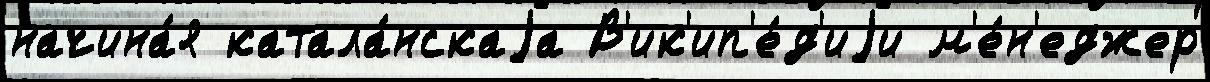
начина́я катала́нскаjа В'ик'ип'е́д'иjи м'е́н'еджер